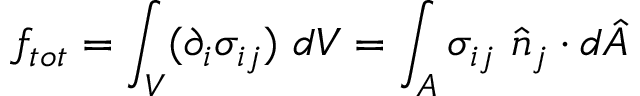
f _ { t o t } = \int _ { V } ( \partial _ { i } \sigma _ { i j } ) \ d V = \int _ { A } \sigma _ { i j } \ \hat { n } _ { j } \cdot d \hat { A }